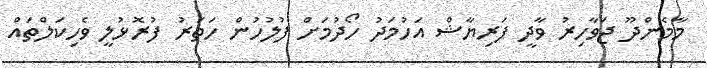
މާމެންދޫ ޖަވާހިރު ވާދީ ފަރިޔާޝް އަހުމަދު ހޯދުމަށް ފުލުހުން ހަތަރު ފުރޮޅުލީ ވެހިކަލްތައް